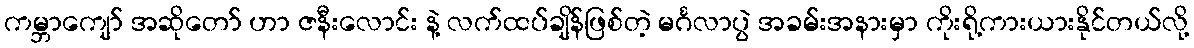
ကမ္ဘာကျော် အဆိုတော် ဟာ ဇနီးလောင်း နဲ့ လက်ထပ်ချိန်ဖြစ်တဲ့ မင်္ဂလာပွဲ အခမ်းအနားမှာ ကိုးရို့ကားယားနိုင်တယ်လို့